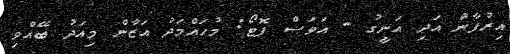
އިރުފާން އަދި އަނީގު - އަވަސް ފޮޓޯ: މުހައްމަދު އަޒާން މިއަދު ބޭއްވި